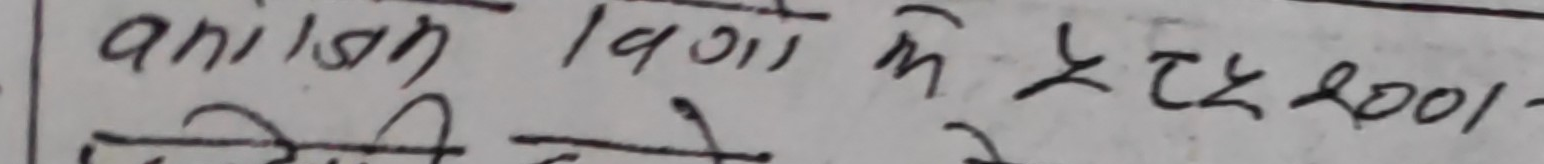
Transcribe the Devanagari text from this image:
अनिल ९०१० में २१२००१-